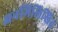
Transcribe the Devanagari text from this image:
अनभिलिखित